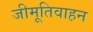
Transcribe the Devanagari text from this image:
जीमूतिवाहन